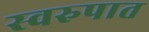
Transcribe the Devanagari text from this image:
स्‍वरुपात